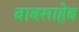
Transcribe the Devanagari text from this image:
बाबसाहेब